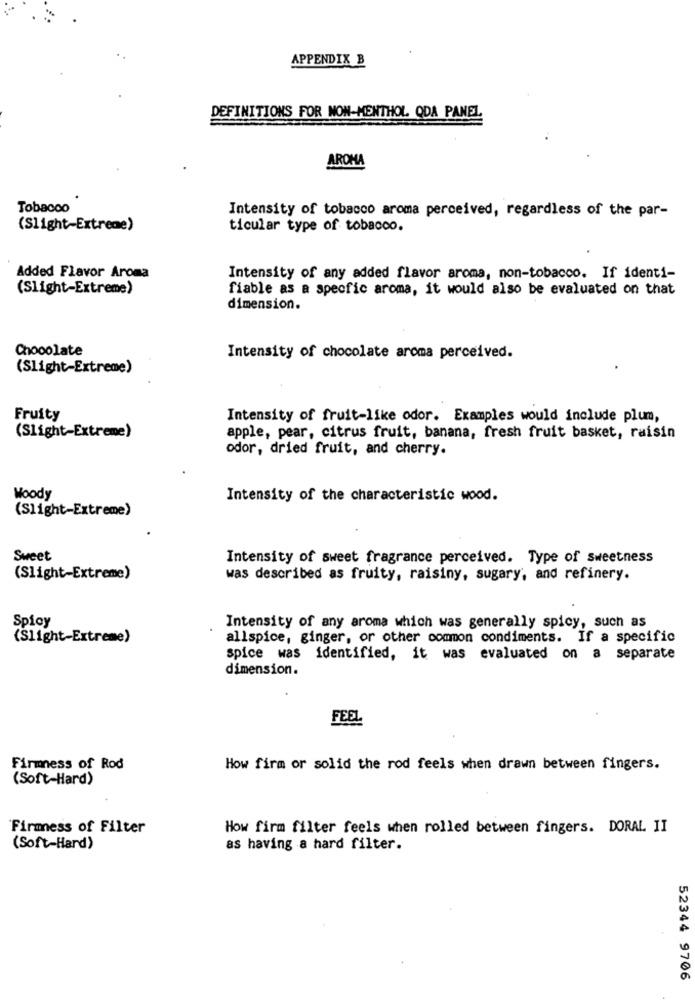
APPENDIX B
DEFINITIONS FOR NON-MENTHOL. ODA PANEL.
AROMA
Tobacco
Intensity of tobacco aroma perceived, regardless of the par-
(Slight-Extreme)
ticular type of tobacco.
Added Flavor Aroma
Intensity of any added flavor aroma, non-tobacco. If identi-
(Slight-Extreme)
fiable as a specfic aroma, it would also be evaluated on that
dimension.
Chocolate
Intensity of chocolate aroma perceived.
(Slight-Extreme)
Fruity
Intensity of fruit-like odor. Examples would include plum,
(Slight-Extreme)
apple, pear, citrus fruit, banana, fresh fruit basket, raisin
odor, dried fruit, and cherry.
Moody
Intensity of the characteristic wood.
(Slight-Extreme)
Sweet
Intensity of sweet fragrance perceived. Type of sweetness
(Slight-Extreme)
was described as fruity, raisiny, sugary, and refinery.
Spicy
Intensity of any aroma which was generally spicy, such as
(Slight-Extreme)
allspice, ginger, or other common condiments. If a specific
spice was identified, it was evaluated on a separate
dimension.
FEEL
Firmness of Rod
How firm or solid the rod feels when drawn between fingers.
(Soft-Hard)
Firmness of Filter
How firm filter feels when rolled between fingers. DORAL II
(Soft-Hard)
as having a hard filter.
52344 9706